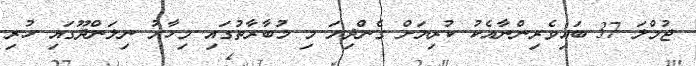
ޖުމްލަ 37 ބައިވެރިންނާއެކު ކުރިޔަށް ގެންދިޔަ މި މުބާރާތުގައި މިހާރު ނިލަންދޫގައި ހުރި